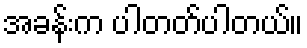
အခန်းက ပါတတ်ပါတယ်။